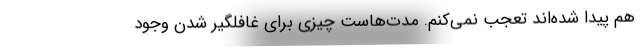
هم پیدا شده‌اند تعجب نمی‌کنم. مدت‌هاست چیزی برای غافلگیر شدن وجود